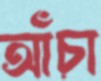
আঁচা